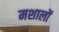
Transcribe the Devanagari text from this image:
मशालों